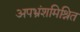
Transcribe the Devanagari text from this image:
अपभ्रंशमिश्रित